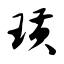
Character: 璜